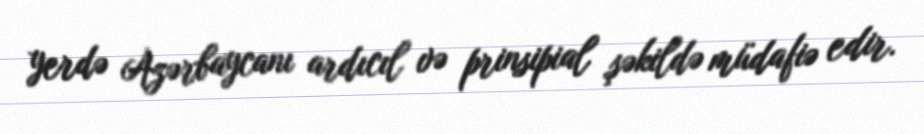
yerdə Azərbaycanı ardıcıl və prinsipial şəkildə müdafiə edir.